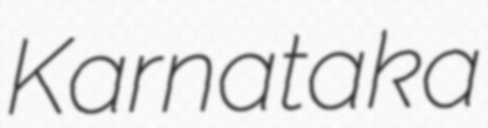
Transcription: Karnataka